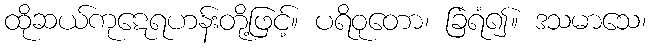
ထိုဆယ်ကုဋေရဟန်းတို့ဖြင့်။ ပရိဝုတော၊ ခြံရံ၍။ ဒသမာသေ၊